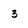
Character: 3